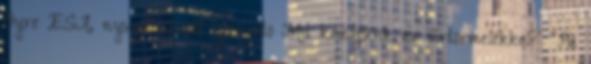
Oyre ESA, nyugalmazott igazgató Mit kezdjünk az űrtörmelékkel? "Ha